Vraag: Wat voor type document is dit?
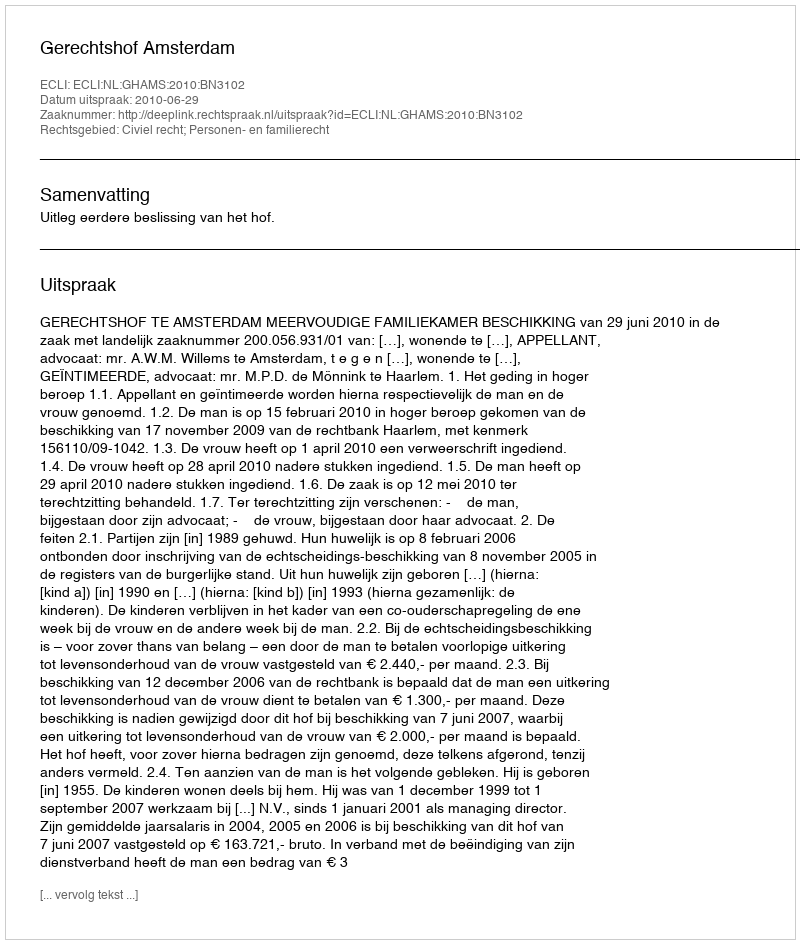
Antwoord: Uitspraak